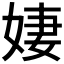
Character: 𪥼